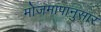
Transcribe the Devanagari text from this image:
मोजमापानुसार